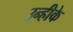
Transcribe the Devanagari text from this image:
उन्हीके